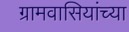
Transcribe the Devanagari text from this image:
ग्रामवासियांच्या